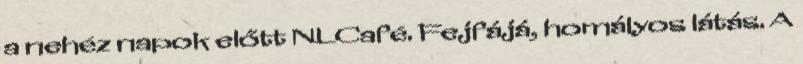
a nehéz napok előtt NLCafé. Fejfájá, homályos látás. A